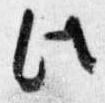
此